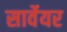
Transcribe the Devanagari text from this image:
सार्वेयर